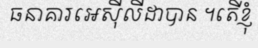
ធនាគារអេស៊ីលីដាបាន ។តើខ្ញុំ